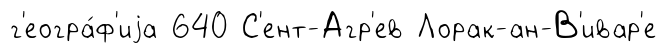
г'еогра́ф'иjа 640 С'ент-Агр'ев Лорак-ан-В'ивар'е